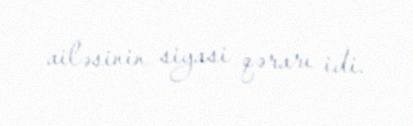
ailəsinin siyasi qərarı idi.